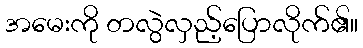
အမေးကို တလွဲလှည့်ပြောလိုက်၏။